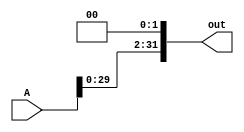
module sll2(out, A);
    input [31:0] A;
    output [31:0] out; 

    assign out[31:2] = A[29:0];
    assign out[1:0] = 0;

endmodule